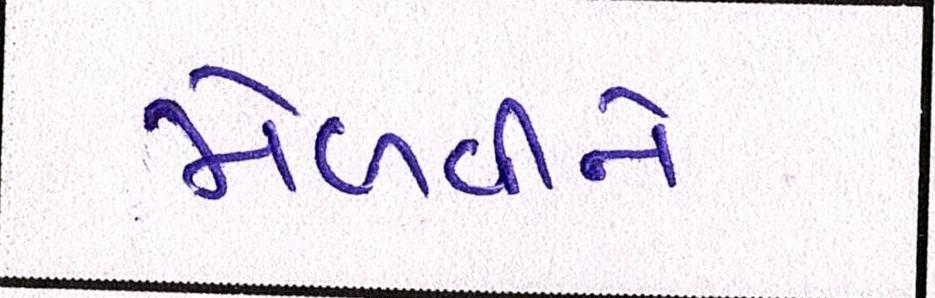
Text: મેળવીને